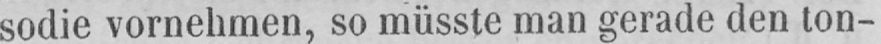
sodie vornehmen, so müsste man gerade den ton-